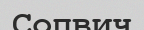
Сопвич